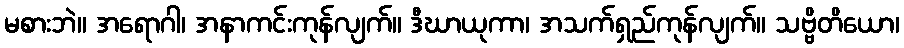
မစားဘဲ။ အရောဂါ၊ အနာကင်းကုန်လျက်။ ဒီဃာယုကာ၊ အသက်ရှည်ကုန်လျက်။ သဗ္ဗိတိယော၊